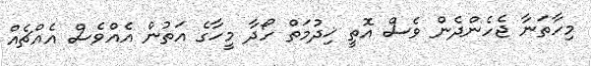
މިހާތަނާ ޖެހެންދެން ވެސް އޮތީ ޚިދުމަތް ހޯދާ މީހާގެ އަތުން އެއްވެސް އެއްޗެއް